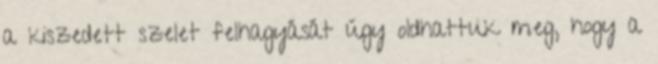
a kiszedett szelet felhagyását úgy oldhattuk meg, hogy a